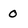
Character: O